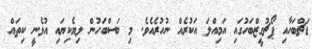
ޑަޗްބަހާއި ޕޯޗުގީޒްބަހުގައި އަމިއްލަ އަކުރެއް ނުހުރެއެވެ. މި ބަސްބަހުން ލިޔެކިޔައި އުޅެނީ ކިތައް